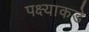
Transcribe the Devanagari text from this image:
पक्ष्याकडे